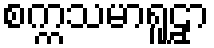
စက္ကသမာရူဠှာ